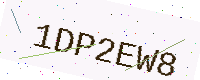
Text: 1DP2EW8